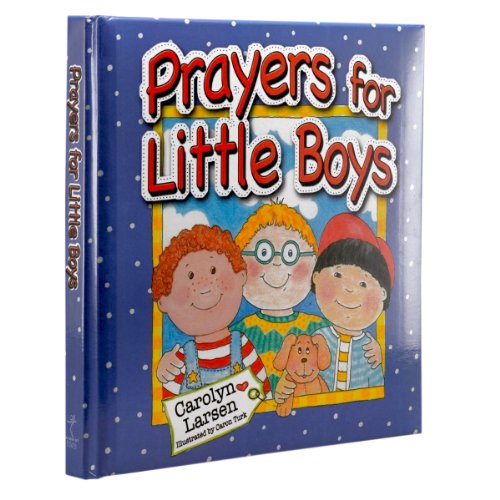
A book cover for Prayers for Little Boys; Carolyn Larsen; Children's Books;